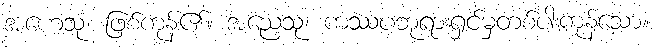
အဟေသုံ၊ ဖြစ်ကုန်၏။ အညေသု၊ ကဿပဘုရားရှင်မှတစ်ပါးကုန်သော။